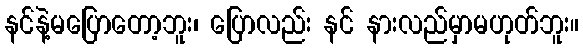
နင်နဲ့မပြောတော့ဘူး၊ ပြောလည်း နင် နားလည်မှာမဟုတ်ဘူး။